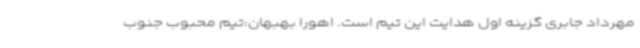
مهرداد جابری گزینه اول هدایت این تیم است. اهورا بهبهان:تیم محبوب جنوب